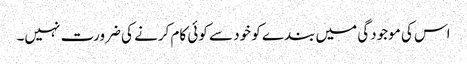
اس کی موجودگی میں بندے کو خود سے کوئی کام کرنے کی ضرورت نہیں۔